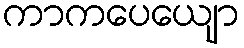
ကာကပေယျော